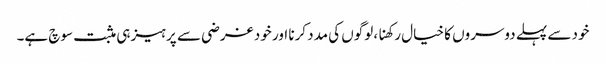
خود سے پہلے دوسروں کا خیال رکھنا، لوگوں کی مدد کرنا اور خود غرضی سے پرہیز ہی مثبت سوچ ہے۔